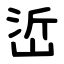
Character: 峾